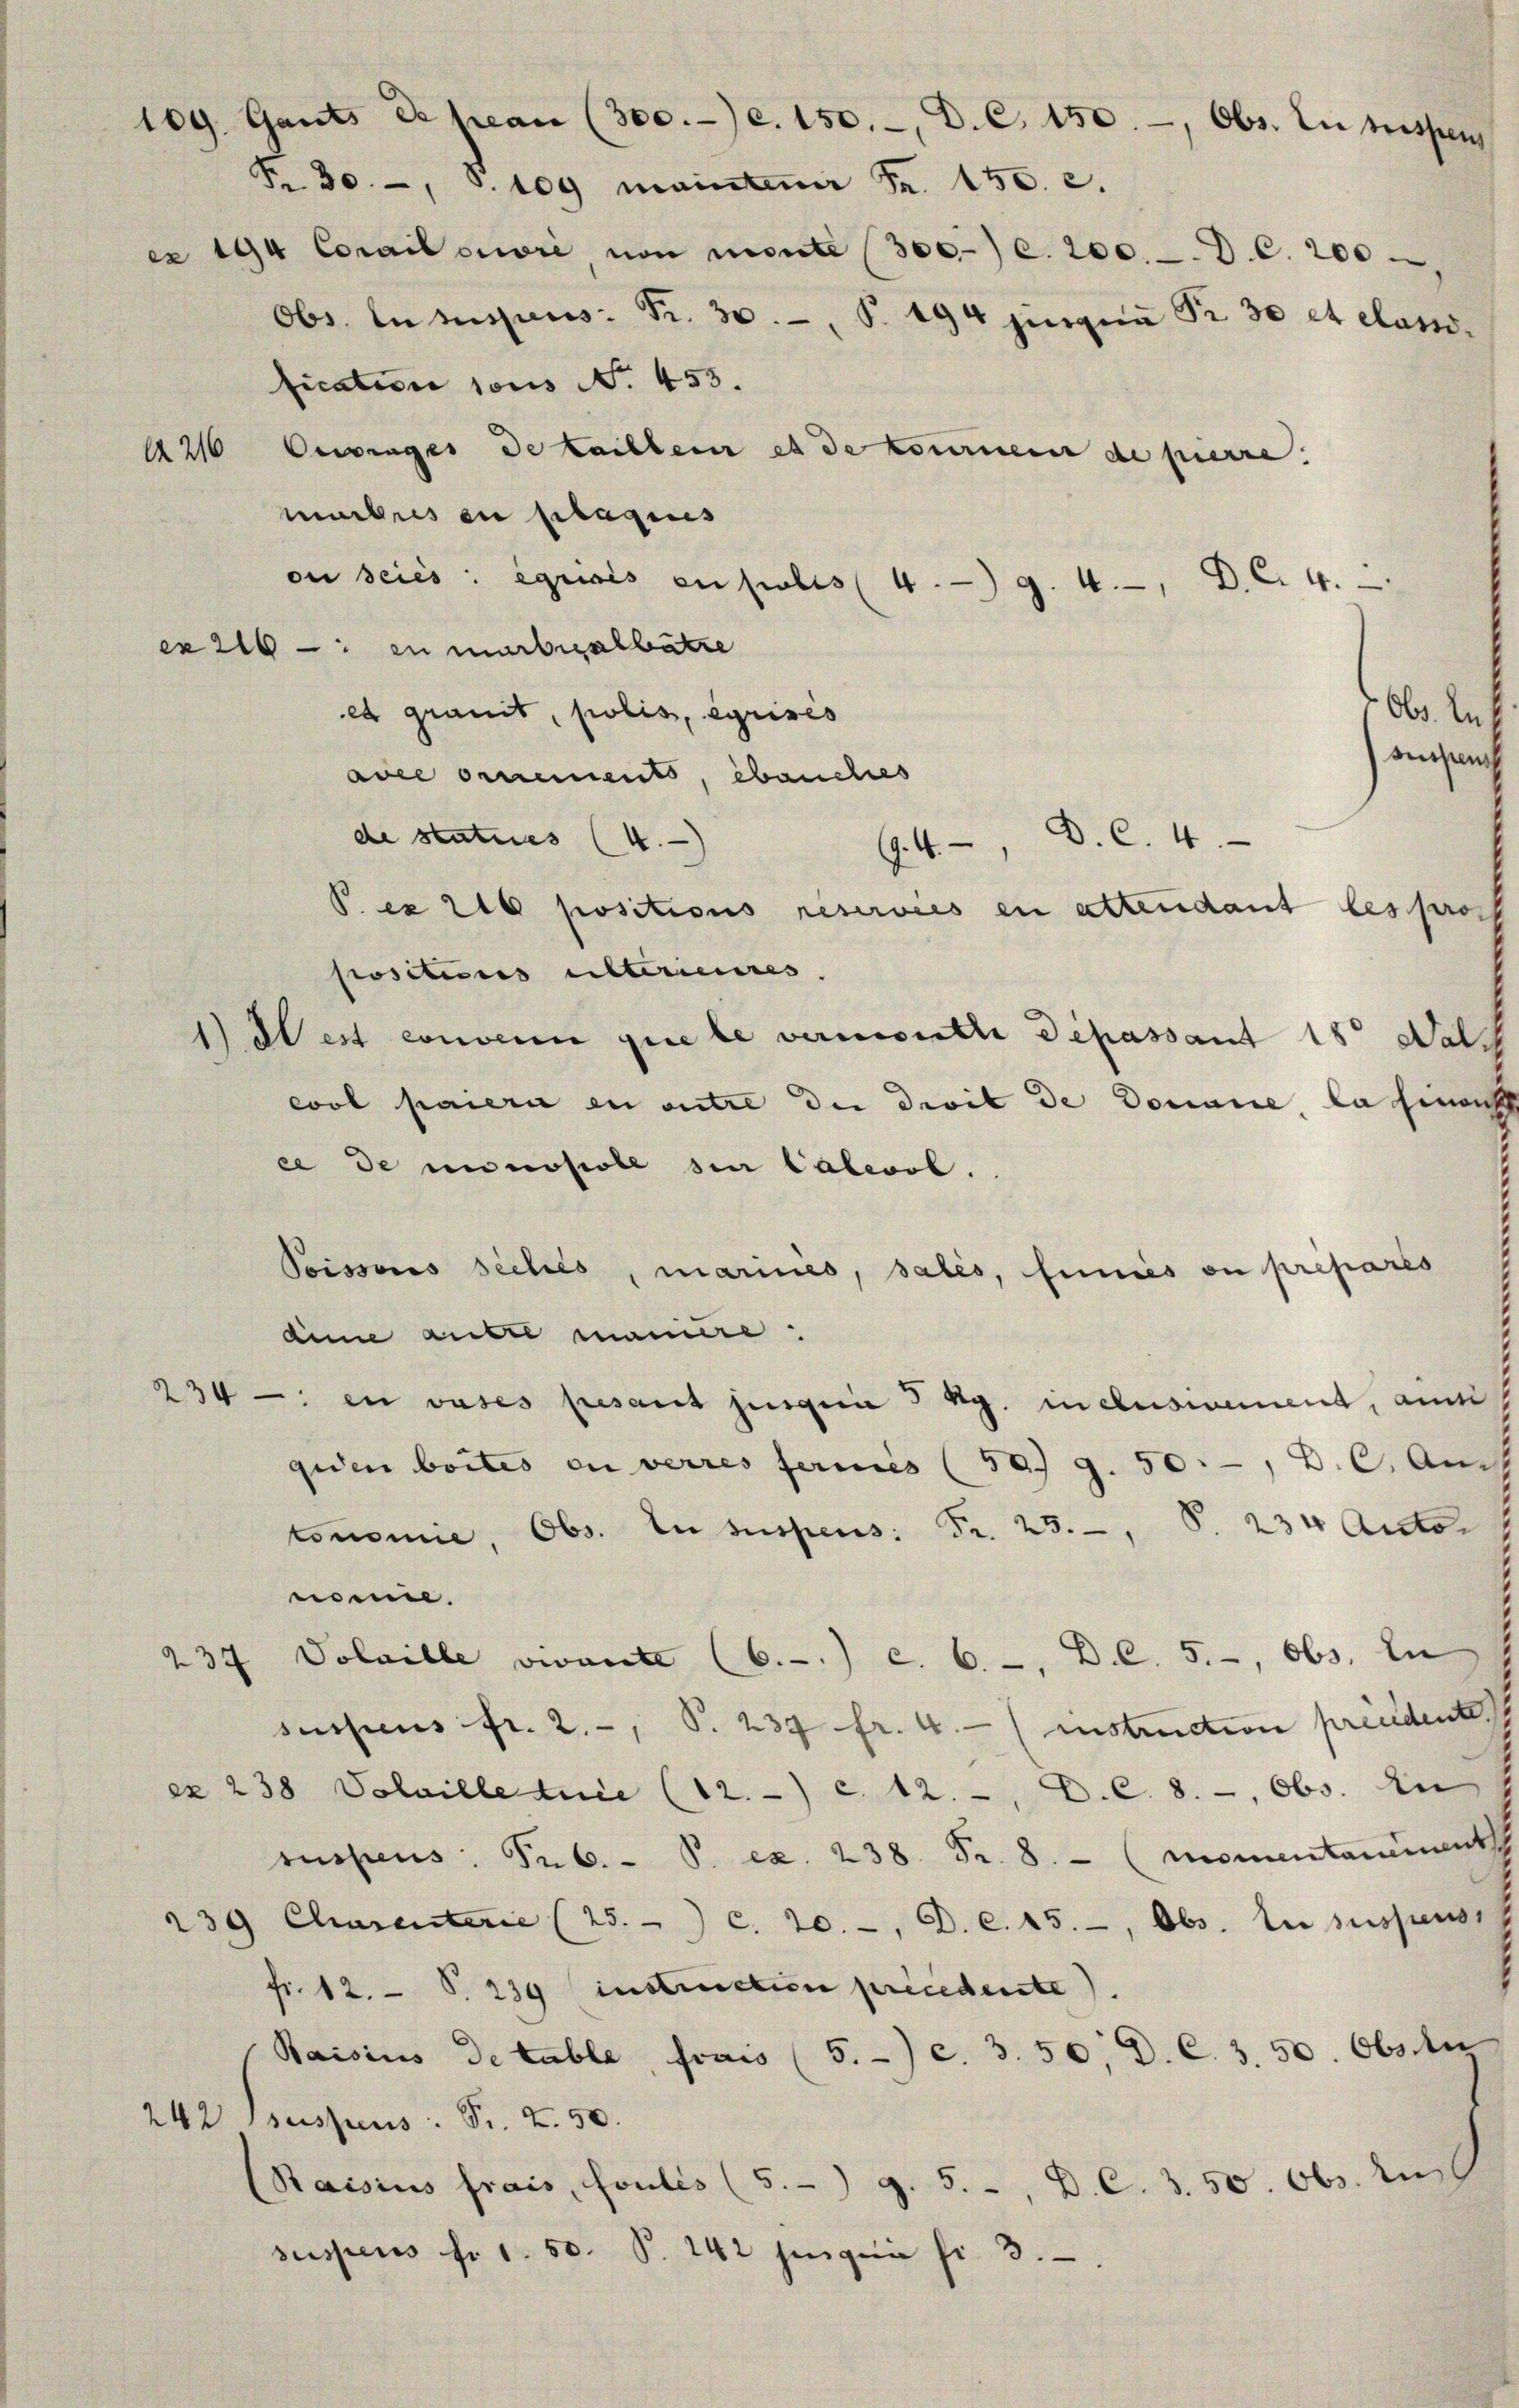
A 216

109. Gants de pian (300.-) c. 150.-, D. C. 150.-, Obs. Die pressen
Fr. 30., S. 109 mainten Fr. 150. c.
er 194 Corailonori, von monte (300) c. 200.-. D. C. 200
Obs la suspens. Fr. 30. P. 194 jüngern Fr. 30 et elasfication sous No. 453.
Oeringes de taillen es de tournern de pierre.
muhres en plagies
on seies: igrisis en probis 4. 9. 4. D. C. 4.
ex 216 - in martialbetre
et Granit, polis, eyrisés
ace ornements, ebenches
de statues (4.
(. 4. D. C. 4.
P.es 216 positions réservées en attendant les prop
positions alterienres. |
1) dest convenu que le vermonte Depassant 18 Dal
col paieri en autre die Divit de Douane la hinach
ee de innopole den Calevol.
Poissoris siches, mariés, salés, fines ou prepares
dine autre maniere:
234 - in vases presant jungia 3 kg. in clusivement, anm
giden beites en verres fermis (50. 9. 50.-, D. C. Auch
tonomie, Obs. In suspens: Fr. 23., S. 234 Accto-
nmie.
Voleille vivante (C. c. 6. D. C. 5.-, Obs. In
232
sassens fr. 2., S. 234 fr. 4. (instruction preudente
ex 238 Volaille tuie (12.) c. 12. D. C. 8. -, Obs. in
suspens: P. C. P. ex. 238. Fr. 8. momentanement
239 Charenterie (25. c. 20.-, D. c. 15., Obs. In suspens,
fr. 12. S. 239 instruction precedente).
Baisius de table, frais (5.-) c. 3. 50, D. C. 3. 50. Obste
242
suspens: Pr. Z. 50.
Raisius frais, Foulis (5.-) g. 5.-, D. C. 3. 50. Obs. 2
suspens fr. 1. 50. S. 142 fügen fr. 3.

Ob. Auf
aisanh